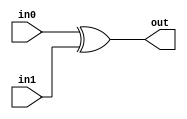
module corebit_xor (
    input in0,
    input in1,
    output out
);
  assign out = in0 ^ in1;
endmodule

module corebit_and (
    input in0,
    input in1,
    output out
);
  assign out = in0 & in1;
endmodule

module HalfAdder (
    input I,
    input CIN,
    output O,
    output COUT
);
wire and_inst0_out;
wire xor_inst0_out;
corebit_and and_inst0 (
    .in0(I),
    .in1(CIN),
    .out(and_inst0_out)
);
corebit_xor xor_inst0 (
    .in0(I),
    .in1(CIN),
    .out(xor_inst0_out)
);
assign O = xor_inst0_out;
assign COUT = and_inst0_out;
endmodule